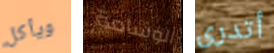
ويأكل الوسامة أتدرى